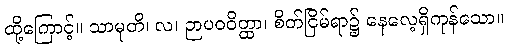
ထို့ကြောင့်။ သာမုတိ၊ လ၊ ဉာပဝဝိတ္ထာ၊ စိတ်ငြိမ်ရာ၌ နေလေ့ရှိကုန်သော။